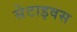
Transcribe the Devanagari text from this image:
सेटाइवस